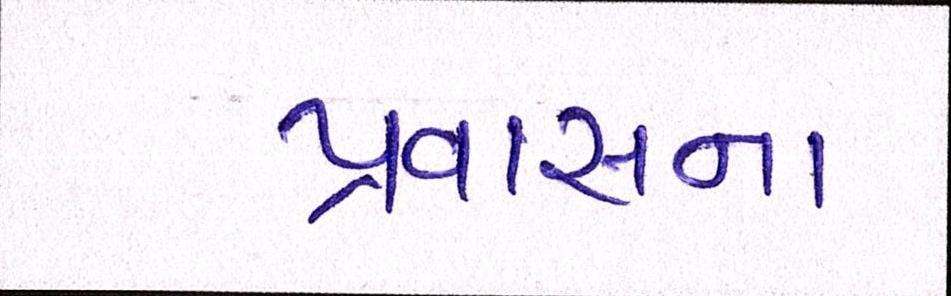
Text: પ્રવાસના